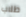
طلاب